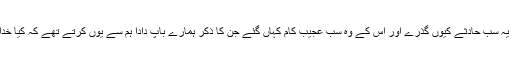
اگر خُداوند ہی ہمارے ساتھ ہے تو ہم پر یہ سب حادِثے کیوں گُذرے اور اُس کے وہ سب عجِیب کام کہاں گئے جِن کا ذِکر ہمارے باپ دادا ہم سے یُوں کرتے تھے کہ کیا خُداوند ہی ہم کو مِصر سے نہیں نِکال لایا؟